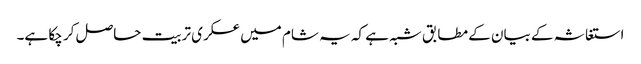
استغاثہ کے بیان کے مطابق شبہ ہے کہ یہ شام میں عسکری تربیت حاصل کر چکا ہے۔